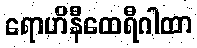
ရောဟိနီထေရီဂါထာ